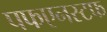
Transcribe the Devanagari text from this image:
पफएनस्टफ